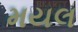
મયલ